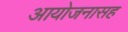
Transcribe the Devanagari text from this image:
आयोजनासह